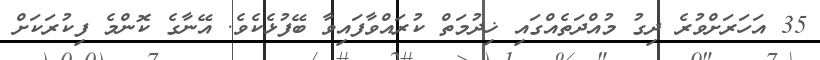
35 އަހަރަށްވުރެ ދިގު މުއްދަތެއްގަައި ޚިދުމަތް ކުރައްވާފައިވާ ބޭފުޅެކެވެ. އޭނާގެ ކޮންމެ ފިކުރަކަށް